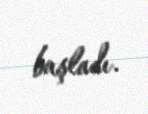
başladı.